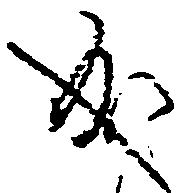
成